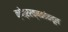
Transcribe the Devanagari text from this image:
क्षेत्ररक्षकांकडून